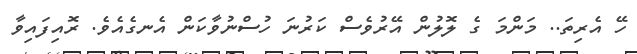
ހޭ އެރިތަ.. މަންމަ ގެ ލޮލުން އޭރުވެސް ކަރުނަ ހުސްނުވާކަން އެނގެއެވެ. ރޮއިފައިވާ